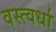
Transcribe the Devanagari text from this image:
वस्त्वर्धा